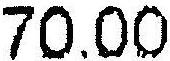
70.00